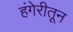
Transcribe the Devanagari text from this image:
हंगेरीतून